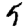
Digit: 5